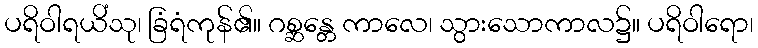
ပရိဝါရယိံသု၊ ခြံရံကုန်၏။ ဂစ္ဆန္တေ ကာလေ၊ သွားသောကာလ၌။ ပရိဝါရော၊